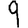
Digit: 9